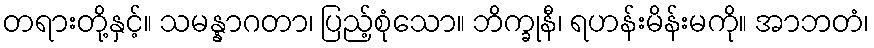
တရားတို့နှင့်။ သမန္နာဂတာ၊ ပြည့်စုံသော။ ဘိက္ခုနီ၊ ရဟန်းမိန်းမကို။ အာဘတံ၊